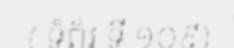
( ទំព័រ ទី ១០៩)